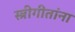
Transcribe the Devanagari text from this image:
स्त्रीगीतांना